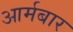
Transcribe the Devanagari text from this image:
आर्मबार